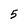
Character: 5